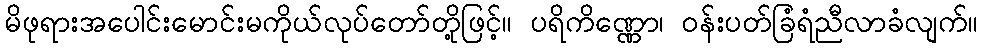
မိဖုရားအပေါင်းမောင်းမကိုယ်လုပ်တော်တို့ဖြင့်။ ပရိကိဏ္ဏော၊ ဝန်းပတ်ခြံရံညီလာခံလျက်။